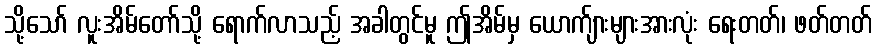
သို့သော် လူးအိမ်တော်သို့ ရောက်လာသည့် အခါတွင်မူ ဤအိမ်မှ ယောက်ျားများအားလုံး ရေးတတ်၊ ဖတ်တတ်